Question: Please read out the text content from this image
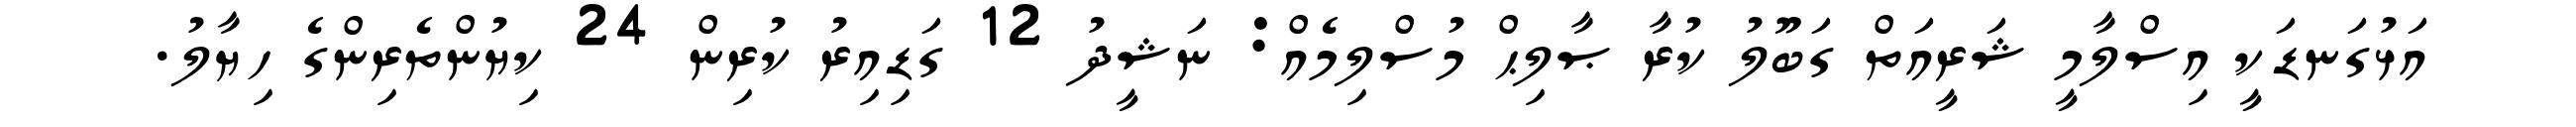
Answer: އަޅުގަނޑަކީ އިސްލާމީ ޝަރީއަތް ގަބޫލު ކުރާ ޞާލިޙް މުސްލިމެއް: ނަޝީދު 12 ގަޑިއިރު ކުރިން 24 ކިޔުންތެރިންގެ ހިޔާލު.